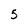
Character: 5